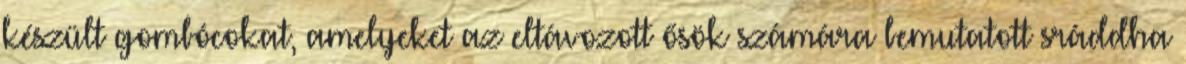
készült gombócokat, amelyeket az eltávozott ősök számára bemutatott sráddha